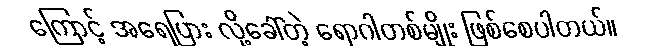
ကြောင့် အရေပြား လို့ခေါ်တဲ့ ရောဂါတစ်မျိုး ဖြစ်စေပါတယ်။